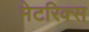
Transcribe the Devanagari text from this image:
मेटरिक्स